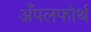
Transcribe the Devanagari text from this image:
अँपलफोर्थ